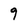
Character: 9